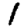
Digit: 1